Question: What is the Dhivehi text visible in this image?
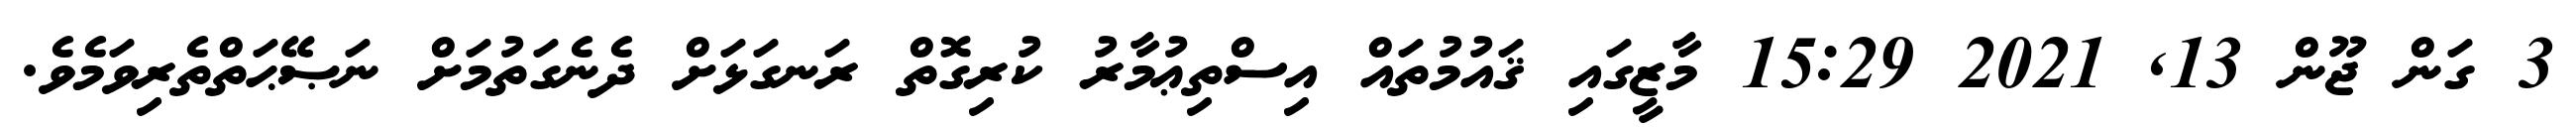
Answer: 3 ގަން ޖޫން 13, 2021 15:29 މާޒީގައި ޤައުމުތައް އިސްތިޢުމާރު ކުރިގޮތް ރަނގަޅަށް ދެނެގަތުމަށް ނަޞޭޙަތްތެރިވަމެވެ.